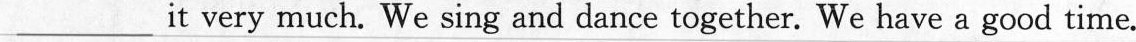
___it very much. We sing and dance together. We have a good time.